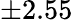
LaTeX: \pm 2.55